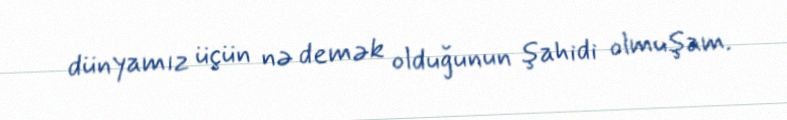
dünyamız üçün nə demək olduğunun şahidi olmuşam.